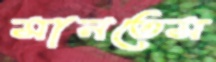
মানতেম